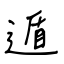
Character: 遁